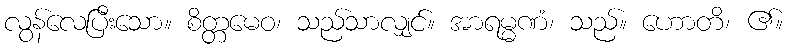
လွန်လေပြီးသော။ စိတ္တမေဝ၊ သည်သာလျှင်။ အာရမ္မဏံ၊ သည်။ ဟောတိ၊ ၏။